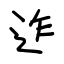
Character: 迮